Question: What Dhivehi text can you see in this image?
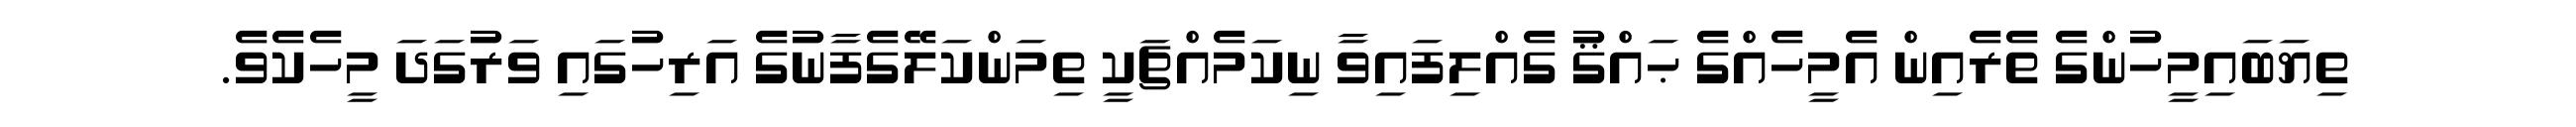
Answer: ތިޔަބައިމީހުންގެ ތެރެއިން އެމީހެއްގެ ޙައްޤު ގެއްލިފައިވާ ނިކަމެއްޗަކީ ތިމަންކަލޭގެފާނުގެ އަރިހުގައި ވަރުގަދަ މީހެކެވެ.